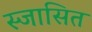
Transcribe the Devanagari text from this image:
स्जासित